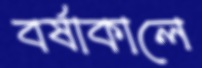
বর্ষাকালে